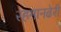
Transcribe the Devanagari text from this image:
रहमानढेरी